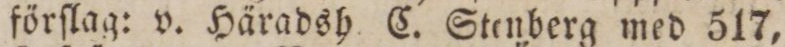
förſlag: v. Häradsh C. Stenberg med 517,